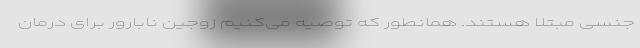
جنسی مبتلا هستند. همانطور که توصیه می‌کنیم زوجین نابارور برای درمان